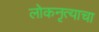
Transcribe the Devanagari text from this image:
लोकनृत्याचा